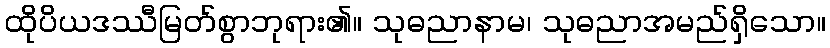
ထိုပိယဒဿီမြတ်စွာဘုရား၏။ သုဓညာနာမ၊ သုဓညာအမည်ရှိသော။